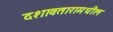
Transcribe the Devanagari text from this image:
दशावतारामधील